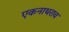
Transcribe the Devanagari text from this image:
एकनाथराव